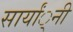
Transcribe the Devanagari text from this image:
सार्यां्नी